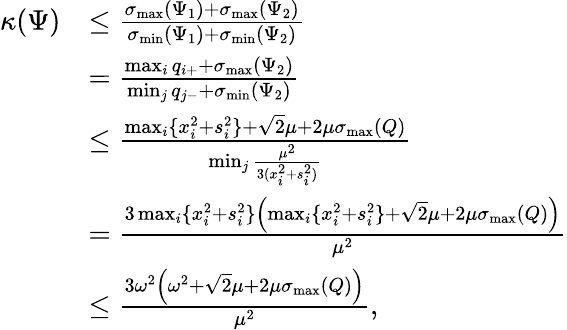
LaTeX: \begin{array}{rl}{\kappa(\Psi)}&{\leq\frac{\sigma_{\operatorname*{max}}(\Psi_{1})+\sigma_{\operatorname*{max}}(\Psi_{2})}{\sigma_{\operatorname*{min}}(\Psi_{1})+\sigma_{\operatorname*{min}}(\Psi_{2})}}\\ &{=\frac{\operatorname*{max}_{i}q_{i+}+\sigma_{\operatorname*{max}}(\Psi_{2})}{\operatorname*{min}_{j}q_{j-}+\sigma_{\operatorname*{min}}(\Psi_{2})}}\\ &{\leq\frac{\operatorname*{max}_{i}\{ x_{i}^{2}+s_{i}^{2}\} +\sqrt{2}\mu+2\mu\sigma_{\operatorname*{max}}(Q)}{\operatorname*{min}_{j}\frac{\mu^{2}}{3(x_{i}^{2}+s_{i}^{2})}}}\\ &{=\frac{3\operatorname*{max}_{i}\{ x_{i}^{2}+s_{i}^{2}\} \left(\operatorname*{max}_{i}\{ x_{i}^{2}+s_{i}^{2}\} +\sqrt{2}\mu+2\mu\sigma_{\operatorname*{max}}(Q)\right)}{\mu^{2}}}\\ &{\leq\frac{3\omega^{2}\left(\omega^{2}+\sqrt{2}\mu+2\mu\sigma_{\operatorname*{max}}(Q)\right)}{\mu^{2}},}\end{array}